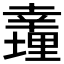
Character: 𢆪